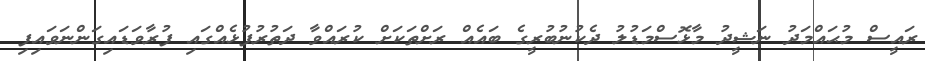
ރައީސް މުޙައްމަދު ނަޝީދު މާޅޮސްމަޑުލު ދެކުނުބުރީގެ ބައެއް ރަށްތަކަށް ކުރައްވާ ދަތުރުފުޅެއްގައި ފުރާވަޑައިގަންނަވައިފި